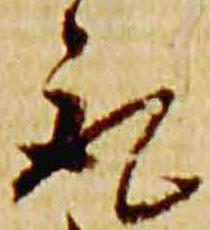
取